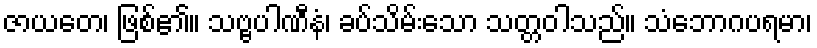
ဇာယတေ၊ ဖြစ်၏။ သဗ္ဗပါဏီနံ၊ ခပ်သိမ်းသော သတ္တဝါသည်။ သံဘောဂပရမာ၊